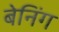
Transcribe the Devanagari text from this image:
बेनिंग